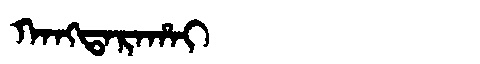
Manchu: ᡴᠠᠩᡨᠠᡵᠠᡥᠠᡳ
Romanization: KANGTARAHAI